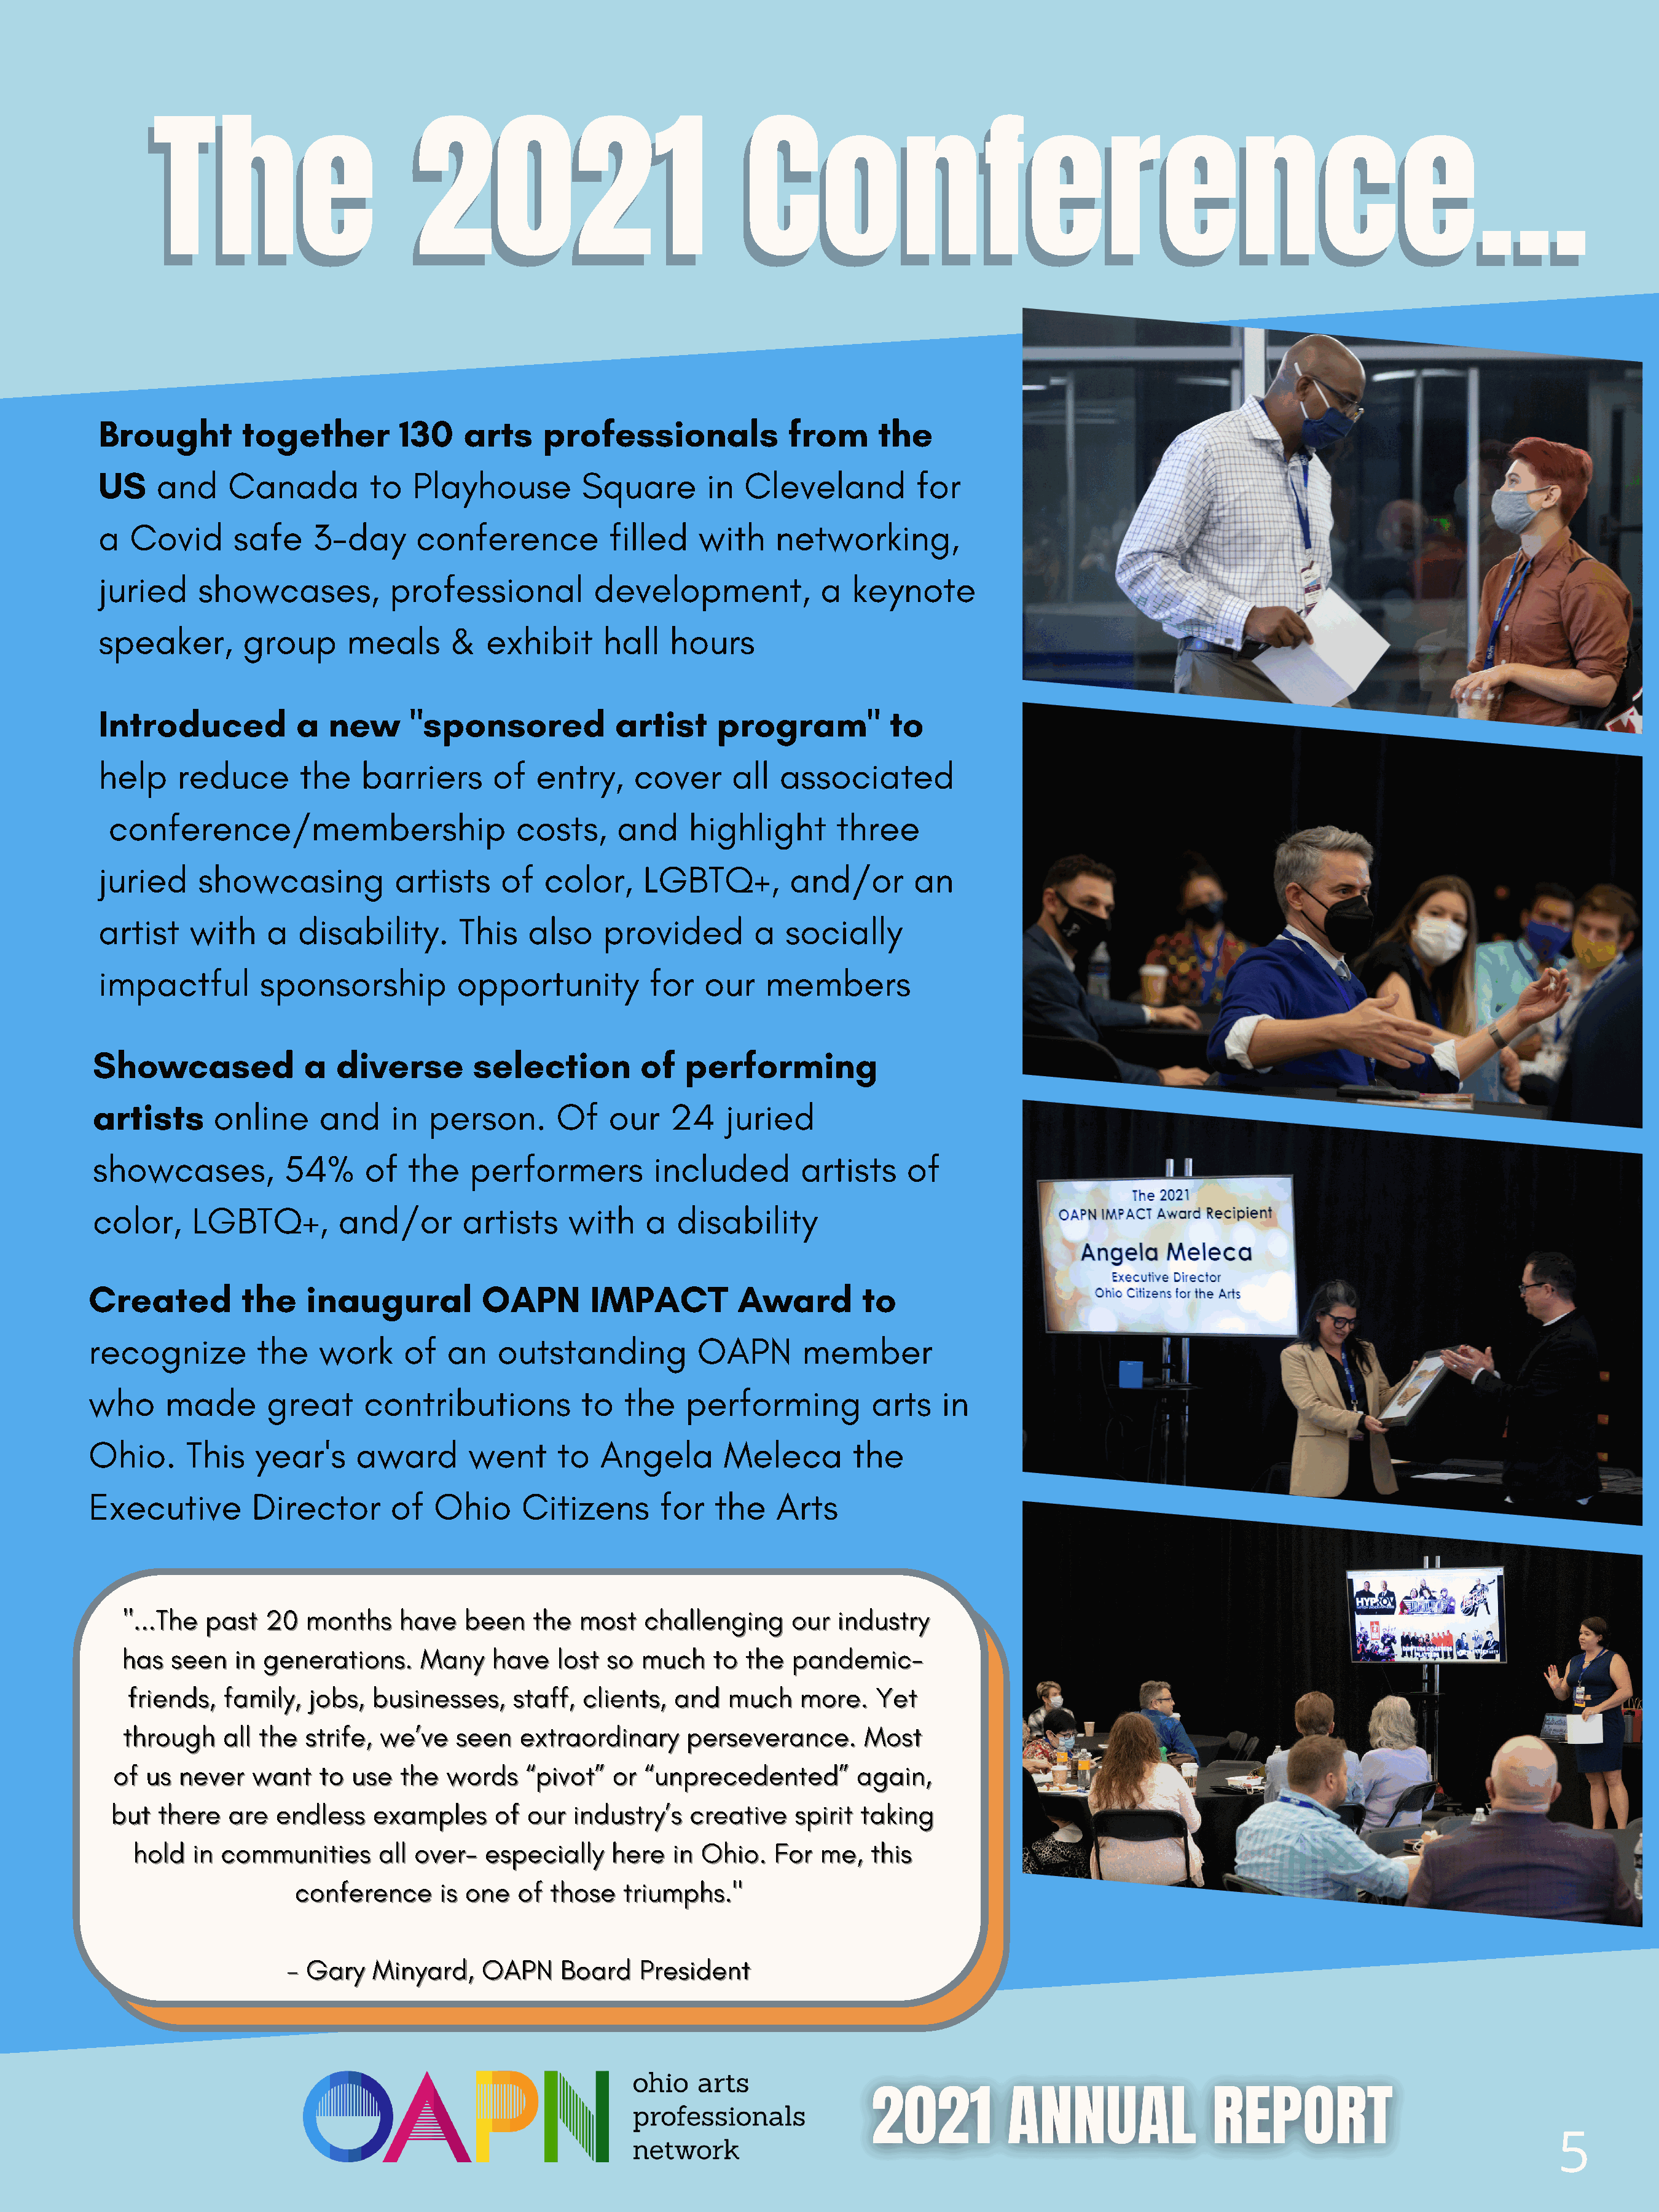
The                          2021                               Conference...
 The                         2021                                Conference...
 Brought        together         130    arts    professionals              from      the
 US    and     Canada         to  Playhouse          Square       in  Cleveland          for
 a  Covid      safe     3-day      conference           filled   with     networking,
 juried    showcases,           professional          development,            a   keynote
 speaker,       group      meals       &  exhibit      hall   hours
 Introduced           a  new      "sponsored            artist     program"           to
 help    reduce       the    barriers      of   entry,    cover      all  associated
 conference/membership                       costs,    and     highlight       three
 juried    showcasing            artists    of   color,    LGBTQ+,         and/or       an
 artist   with     a  disability.      This    also    provided        a   socially
 impactful        sponsorship          opportunity          for   our   members
 Showcased              a  diverse        selection         of   performing
 artists      online     and     in  person.       Of    our   24    juried
 showcases,           54%     of   the    performers         included        artists     of
 color,     LGBTQ+,        and/or        artists    with     a  disability
 Created         the    inaugural          OAPN        IMPACT         Award         to
 recognize         the   work     of   an    outstanding          OAPN       member
 who     made       great     contributions           to  the    performing          arts   in
 Ohio.     This   year's     award       went      to   Angela       Meleca        the
 Executive        Director       of   Ohio     Citizens       for   the    Arts
 ""......TThhee ppaasstt 2200 mmoonntthhss hhaavvee bbeeeenn tthhee mmoosstt cchhaalllleennggiinngg oouurr iinndduussttrryy
 hhaass sseeeenn iinn ggeenneerraattiioonnss.. MMaannyy hhaavvee lloosstt ssoo mmuucchh ttoo tthhee ppaannddeemmiicc--
 ffrriieennddss,, ffaammiillyy,, jjoobbss,, bbuussiinneesssseess,, ssttaaffff,, cclliieennttss,, aanndd mmuucchh mmoorree.. YYeett
 tthhrroouugghh aallll tthhee ssttrriiffee,, wwee’’vvee sseeeenn eexxttrraaoorrddiinnaarryy ppeerrsseevveerraannccee.. MMoosstt
 ooff uuss nneevveerr wwaanntt ttoo uussee tthhee wwoorrddss ““ppiivvoott”” oorr ““uunnpprreecceeddeenntteedd”” aaggaaiinn,,
 bbuutt tthheerree aarree eennddlleessss eexxaammpplleess ooff oouurr iinndduussttrryy’’ss ccrreeaattiivvee ssppiirriitt ttaakkiinngg
 hhoolldd iinn ccoommmmuunniittiieess aallll oovveerr-- eessppeecciiaallllyy hheerree iinn OOhhiioo.. FFoorr mmee,, tthhiiss
 ccoonnffeerreennccee iiss oonnee ooff tthhoossee ttrriiuummpphhss..""
 -- GGaarryy MMiinnyyaarrdd,, OOAAPPNN BBooaarrdd PPrreessiiddeenntt
 5